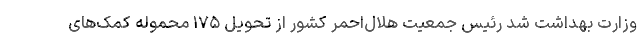
وزارت بهداشت شد رئیس جمعیت هلال‌احمر کشور از تحویل ۱۷۵ محموله کمک‌های